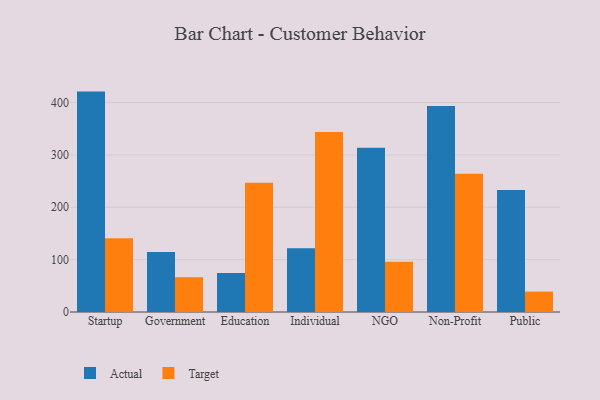
{"axis": {"x": "Segment", "y": "Production Output"}, "legend": ["Actual", "Target"], "data": [{"x": "Startup", "y": 420.9, "type": "Actual"}, {"x": "Startup", "y": 140.8, "type": "Target"}, {"x": "Government", "y": 114.7, "type": "Actual"}, {"x": "Government", "y": 66.4, "type": "Target"}, {"x": "Education", "y": 74.4, "type": "Actual"}, {"x": "Education", "y": 246.9, "type": "Target"}, {"x": "Individual", "y": 121.6, "type": "Actual"}, {"x": "Individual", "y": 343.6, "type": "Target"}, {"x": "NGO", "y": 313.7, "type": "Actual"}, {"x": "NGO", "y": 95.9, "type": "Target"}, {"x": "Non-Profit", "y": 393.2, "type": "Actual"}, {"x": "Non-Profit", "y": 263.9, "type": "Target"}, {"x": "Public", "y": 233.2, "type": "Actual"}, {"x": "Public", "y": 39.0, "type": "Target"}]}